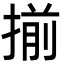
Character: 揃